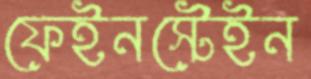
ফেইনস্টেইন